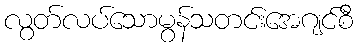
လွတ်လပ်သောမွန်သတင်းအေဂျင်စီ